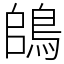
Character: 鴭